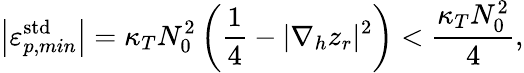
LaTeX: \left|\varepsilon_{p,min}^{\mathrm{std}}\right|=\kappa_{T}N_{0}^{2}\left(\frac{1}{4}-|\nabla_{h}z_{r}|^{2}\right)<\frac{\kappa_{T}N_{0}^{2}}{4},